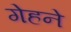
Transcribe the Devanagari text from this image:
गेहने